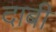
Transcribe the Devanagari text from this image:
दाबी